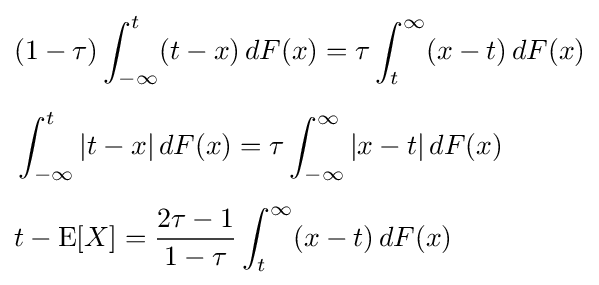
{\begin{aligned}&(1-\tau )\int _{-\infty }^{t}(t-x)\,dF(x)=\tau \int _{t}^{\infty }(x-t)\,dF(x)\\[5pt]&\int _{-\infty }^{t}|t-x|\,dF(x)=\tau \int _{-\infty }^{\infty }|x-t|\,dF(x)\\[5pt]&t-\operatorname {E} [X]={\frac {2\tau -1}{1-\tau }}\int _{t}^{\infty }(x-t)\,dF(x)\end{aligned}}